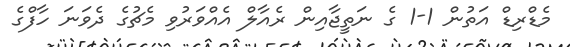
މެޑްރިޑް އަތުން 1-1 ގެ ނަތީޖާއިން ރެއާލް އެއްވަރުވި މެޗުގެ ދެވަނަ ހާފްގެ